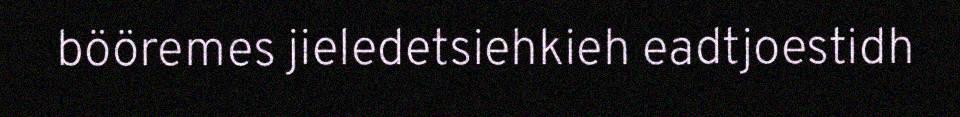
bööremes jieledetsiehkieh eadtjoestidh